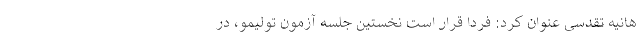
هانیه تقدسی عنوان کرد: فردا قرار است نخستین جلسه آزمون تولیمو، در